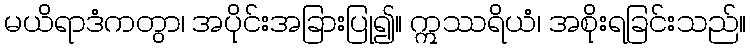
မယိရာဒံကတွာ၊ အပိုင်းအခြားပြု၍။ ဣဿရိယံ၊ အစိုးရခြင်းသည်။